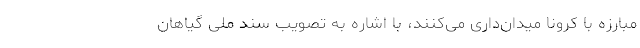
مبارزه با کرونا میدان‌داری می‌کنند، با اشاره به تصویب سند ملی گیاهان